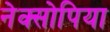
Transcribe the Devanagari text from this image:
नेक्सोपिया